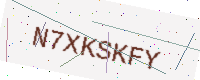
Text: N7XKSKFY